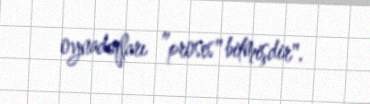
oynadıqları ”proses" bitmişdir".